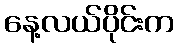
နေ့လယ်ပိုင်းက